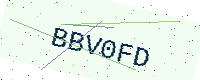
Text: BBV0FD